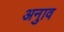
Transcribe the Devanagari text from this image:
अनुाव